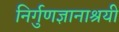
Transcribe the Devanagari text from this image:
निर्गुणज्ञानाश्रयी